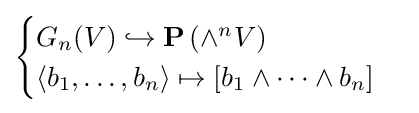
{\begin{cases}G_{n}(V)\hookrightarrow \mathbf {P} \left(\wedge ^{n}V\right)\\\langle b_{1},\ldots ,b_{n}\rangle \mapsto [b_{1}\wedge \cdots \wedge b_{n}]\end{cases}}